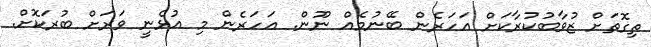
ތިގޮތަށް ޒުވާބުކުރާކަށް އަހަރެން ބޭނުމެއް ނޫން. އަހަރެން މި އުޅެނީ ވަރަށް ބުރަކޮށް.